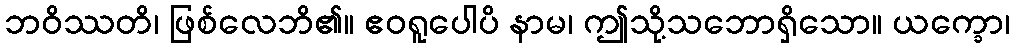
ဘဝိဿတိ၊ ဖြစ်လေဘိ၏။ ဧဝရူပေါပိ နာမ၊ ဤသို့သဘောရှိသော။ ယက္ခော၊